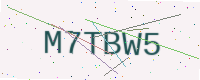
Text: M7TBW5